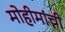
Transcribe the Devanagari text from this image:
मोहीमांची